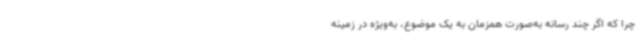
چرا که اگر چند رسانه به‌صورت همزمان به یک موضوع، به‌ویژه در زمینه